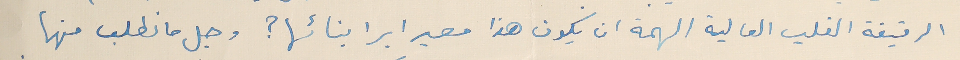
الرقيقة القلب العالية الهمة ان يكون هذا مصير ابر ابنائها؟ وجل ما نطلب منها